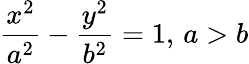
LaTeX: {\frac{x^{2}}{a^{2}}}-{\frac{y^{2}}{b^{2}}}=1,\, a>b